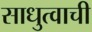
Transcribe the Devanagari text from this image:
साधुत्वाची